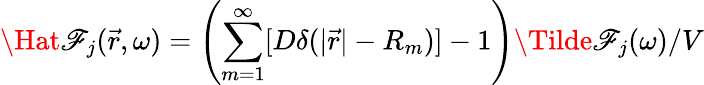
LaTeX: \Hat{\mathscr{F}}_{j}(\vec{{r}},\omega)=\left(\sum_{m=1}^{\infty}[D\delta(\vert\vec{{r}}\vert-R_{m})]-1\right)\Tilde{\mathscr{F}}_{j}(\omega)/V